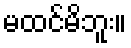
မထင်မိဘူး။